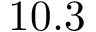
1 0 . 3